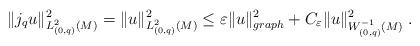
LaTeX: \begin{align*} \|j_{q}u\|^{2}_{L^{2}_{(0,q)}(M)} = \|u\|_{L^{2}_{(0,q)}(M)}^{2} \leq \varepsilon\|u\|_{graph}^{2} + C_{\varepsilon}\|u\|_{W^{-1}_{(0,q)}(M)}^{2}\;. \end{align*}